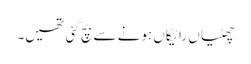
چھٹیاں رائیگاں ہونے سے بچ گئی تھیں۔